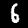
Label: 6